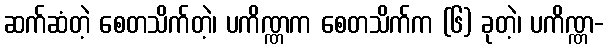
ဆက်ဆံတဲ့ စေတသိက်တဲ့၊ ပကိဏ္ဏက စေတသိက်က (၆) ခုတဲ့၊ ပကိဏ္ဏ-